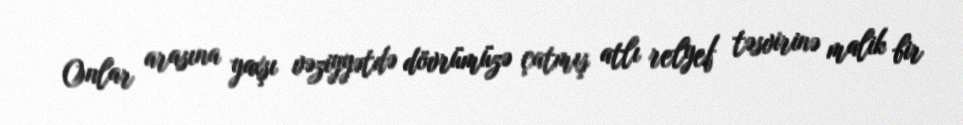
Onlar arasına yaxşı vəziyyətdə dövrümüzə çatmış atlı relyef təsvirinə malik bir